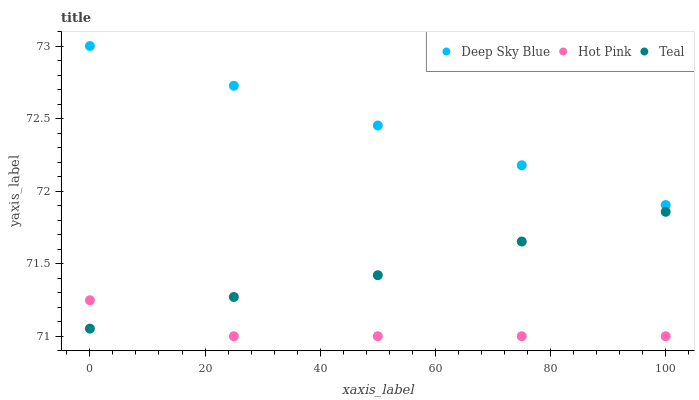
| xaxis_label | Deep Sky Blue | Hot Pink | Teal |
 | --- | --- | --- | --- |
 | 0 | 73 | 71.2 | 71.1 |
 | 25 | 72.7 | 71 | 71.3 |
 | 50 | 72.5 | 71 | 71.4 |
 | 75 | 72.2 | 71 | 71.7 |
 | 100 | 71.9 | 71 | 71.9 |